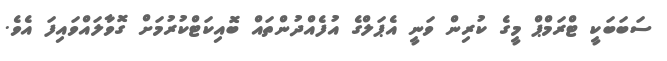
ސަބަބަކީ ޓްރަމްޕް މީގެ ކުރިން ވަނީ އެޕަލްގެ އުފެއްދުންތައް ބޮއިކަޓްކުރުމަށް ގޮވާލައްވައިފަ އެވެ.